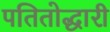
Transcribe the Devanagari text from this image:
पतितोद्धारी